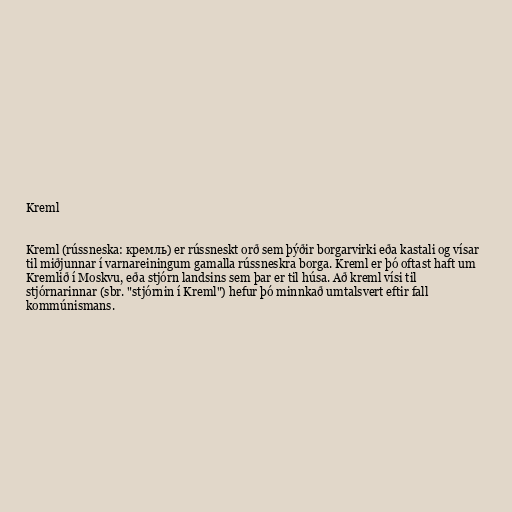
Kreml

Kreml (rússneska: кремль) er rússneskt orð sem þýðir borgarvirki eða kastali og vísar
til miðjunnar í varnareiningum gamalla rússneskra borga. Kreml er þó oftast haft um
Kremlið í Moskvu, eða stjórn landsins sem þar er til húsa. Að kreml vísi til
stjórnarinnar (sbr. "stjórnin í Kreml") hefur þó minnkað umtalsvert eftir fall
kommúnismans.